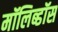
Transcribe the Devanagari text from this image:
मॉलिब्डॉस